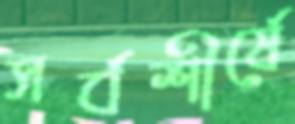
সর্বশীর্ষে